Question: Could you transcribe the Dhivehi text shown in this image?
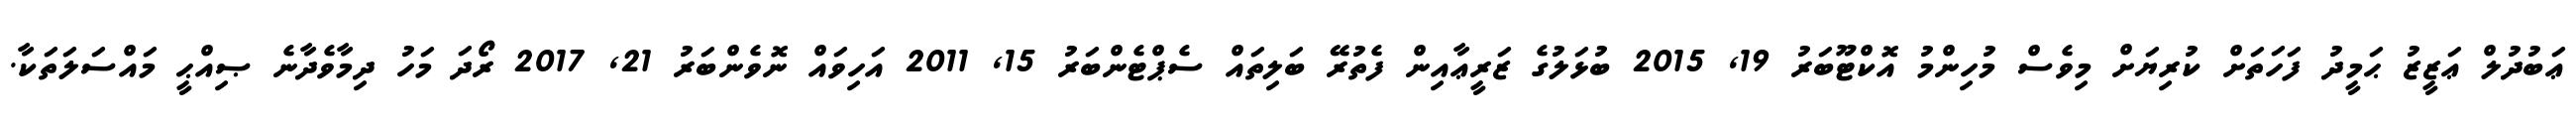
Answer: ޢަބުދުލް ޢަޒީޒު ޙަމީދު ފަހަތަށް ކުރިޔަށް މިވެސް މުހިންމު އޮކްޓޫބަރު 19, 2015 ބުޅަލުގެ ޒަރީޢާއިން ފެތުރޭ ބަލިތައް ސެޕްޓެންބަރު 15, 2011 އަހިވައް ނޮވެންބަރު 21, 2017 ރޯދަ މަހު ދިމާވެދާނެ ޞިއްޙީ މައްސަލަތަކާ.